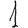
Digit: 1